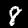
Digit: 8